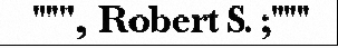
""", Robert S. ;"""